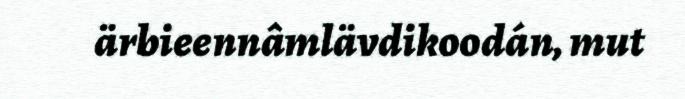
ärbieennâmlävdikoodán, mut